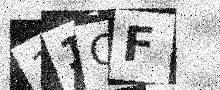
Text: 11CF